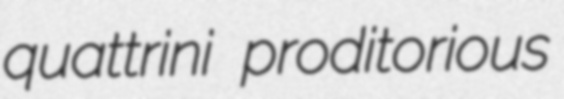
quattrini proditorious